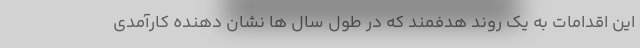
این اقدامات به یک روند هدفمند که در طول سال ها نشان دهنده کارآمدی